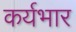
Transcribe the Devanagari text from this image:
कर्यभार